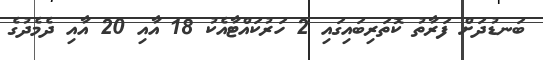
ބަނޑުދަށް ފަރާތު ކޮތަރިބައިގައި 2 ހަރުކައްޓާއެކު 18 އާއި 20 އާއި ދެމެދުގެ